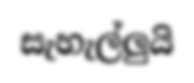
සැහැල්ලුයි